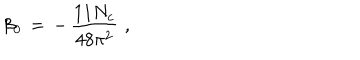
\beta _ { 0 } \, = \, - \, { \frac { 1 1 N _ { c } } { 4 8 \pi ^ { 2 } } } \, \, ,